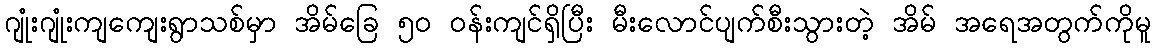
ဂျုံးဂျုံးကျကျေးရွာသစ်မှာ အိမ်ခြေ ၅၀ ဝန်းကျင်ရှိပြီး မီးလောင်ပျက်စီးသွားတဲ့ အိမ် အရေအတွက်ကိုမူ